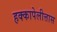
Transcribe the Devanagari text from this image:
हक्कापेलीत्तास